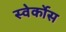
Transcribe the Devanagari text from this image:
स्वेर्कोस